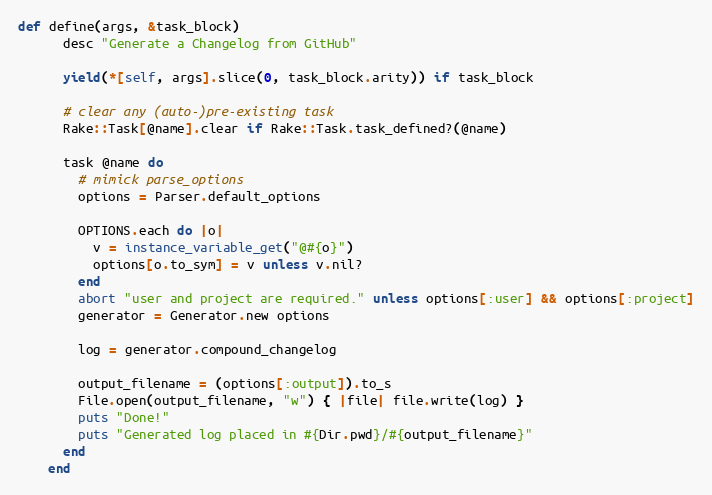
Language: Ruby
def define(args, &task_block)
      desc "Generate a Changelog from GitHub"

      yield(*[self, args].slice(0, task_block.arity)) if task_block

      # clear any (auto-)pre-existing task
      Rake::Task[@name].clear if Rake::Task.task_defined?(@name)

      task @name do
        # mimick parse_options
        options = Parser.default_options

        OPTIONS.each do |o|
          v = instance_variable_get("@#{o}")
          options[o.to_sym] = v unless v.nil?
        end
        abort "user and project are required." unless options[:user] && options[:project]
        generator = Generator.new options

        log = generator.compound_changelog

        output_filename = (options[:output]).to_s
        File.open(output_filename, "w") { |file| file.write(log) }
        puts "Done!"
        puts "Generated log placed in #{Dir.pwd}/#{output_filename}"
      end
    end